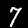
Label: 7